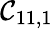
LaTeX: \mathcal{C}_{11,1}